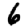
Digit: 6